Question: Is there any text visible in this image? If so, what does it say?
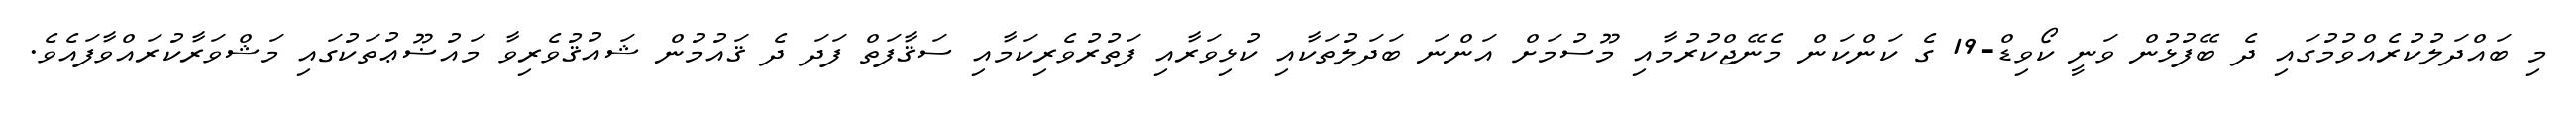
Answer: މި ބައްދަލުކުރެއްވުމުގައި ދެ ބޭފުޅުން ވަނީ ކޯވިޑް-19 ގެ ކަންކަން މެނޭޖްކުރުމާއި މޫސުމަށް އަންނަ ބަދަލުތަކާއި ކުޅިވަރާއި ފަތުރުވެރިކަމާއި ސަޤާފަތް ފަދަ ދެ ޤައުމުން ޝައުޤުވެރިވާ މައުޟޫޢުތަކުގައި މަޝްވަރާކުރައްވާފައެވެ.